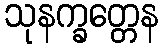
သုနက္ခတ္တေန